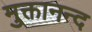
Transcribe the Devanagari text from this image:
मुक्तानन्द